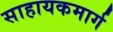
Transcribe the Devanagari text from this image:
साहायकमार्ग